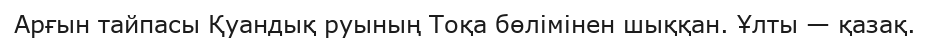
Арғын тайпасы Қуандық руының Тоқа бөлімінен шыққан. Ұлты — қазақ.